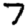
Digit: 7